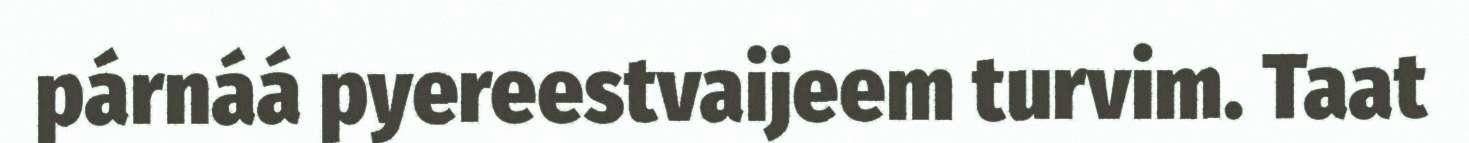
párnáá pyereestvaijeem turvim. Taat